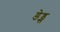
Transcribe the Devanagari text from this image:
डेड्स